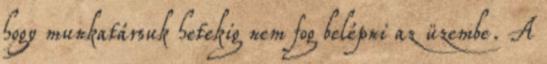
hogy munkatársuk hetekig nem fog belépni az üzembe. A